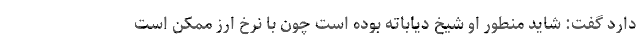
دارد گفت: شاید منطور او شیخ دیاباته بوده است چون با نرخ ارز ممکن است